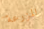
المزرعة